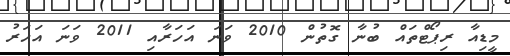
މީޑިއާ ރިޕޯޓްތައް ބުނާ ގޮތުން 2010 ވަނަ އަހަރާއި 2011 ވަނަ އަަހަރު